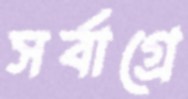
সর্বাগ্রে